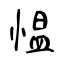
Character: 愠